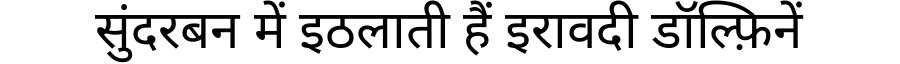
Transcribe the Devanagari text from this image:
सुंदरबन में इठलाती हैं इरावदी डॉल्फ़िनें